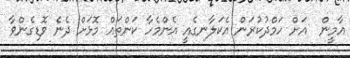
އާމީން  އަށް ހަމްދުކުރަން އެކަލާނގެއީ އެންމެހާ ކަންތައް މޮޅަށް ދެނެ ވޮޑިގެންވާ